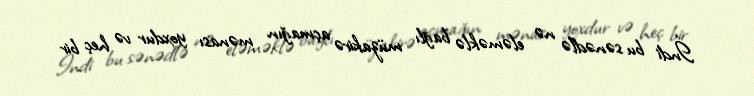
İndi bu sənədlə nə eləməklə bağlı müzakirə açmağın mənası yoxdur və heç bir